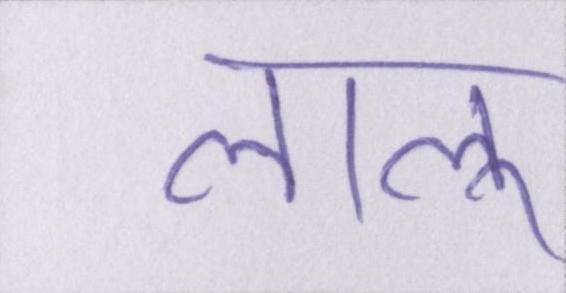
लालू